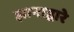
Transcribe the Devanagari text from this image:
ज्ञानाद्वारे